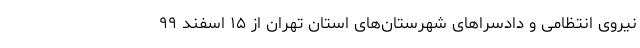
نیروی انتظامی و دادسرا‌های شهرستان‌های استان تهران از ۱۵ اسفند ۹۹